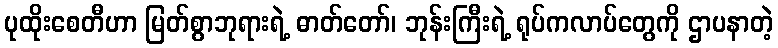
ပုထိုးစေတီဟာ မြတ်စွာဘုရားရဲ့ ဓာတ်တော်၊ ဘုန်းကြီးရဲ့ ရုပ်ကလာပ်တွေကို ဌာပနာတဲ့